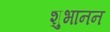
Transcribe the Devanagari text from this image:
शुभानन